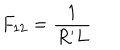
LaTeX: F _ { 1 2 } = \frac { 1 } { R ^ { \prime } L }